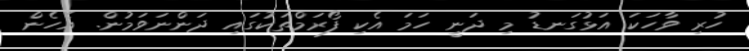
ހުރި ވާހަކަ އަޅުގަނޑު މި ދަނީ ހަމަ އެކި ފޯރަމްތަކުގައި ދަންނަވަމުން. އެހެން